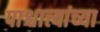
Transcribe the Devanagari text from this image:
पाश्चात्त्यांच्या